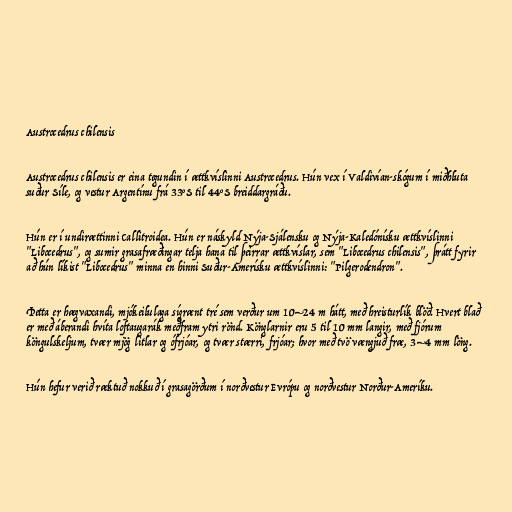
Austrocedrus chilensis

Austrocedrus chilensis er eina tegundin í ættkvíslinni Austrocedrus. Hún vex í Valdivían-skógum í miðhluta
suður Síle, og vestur Argentínu frá 33°S til 44°S breiddargráðu.

Hún er í undirættinni Callitroidea. Hún er náskyld Nýja-Sjálensku og Nýja-Kaledónísku ættkvíslinni
"Libocedrus", og sumir grasafræðingar telja hana til þeirrar ættkvíslar, sem "Libocedrus chilensis", þrátt fyrir
að hún líkist "Libocedrus" minna en hinni Suður-Amerísku ættkvíslinni: "Pilgerodendron".

Þetta er hægvaxandi, mjókeilulaga sígrænt tré sem verður um 10–24 m hátt, með hreisturlík blöð. Hvert blað
er með áberandi hvíta loftaugarák meðfram ytri rönd. Könglarnir eru 5 til 10 mm langir, með fjórum
köngulskeljum, tvær mjög litlar og ófrjóar, og tvær stærri, frjóar; hvor með tvö vængjuð fræ, 3–4 mm löng.

Hún hefur verið ræktuð nokkuð í grasagörðum í norðvestur Evrópu og norðvestur Norður-Ameríku.